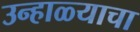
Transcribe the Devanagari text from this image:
उन्हाळ्याचा